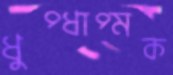
ধুপ্‌ধাপ্‌মক